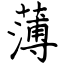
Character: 薄